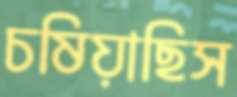
চষিয়াছিস